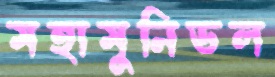
মহামুনিডল